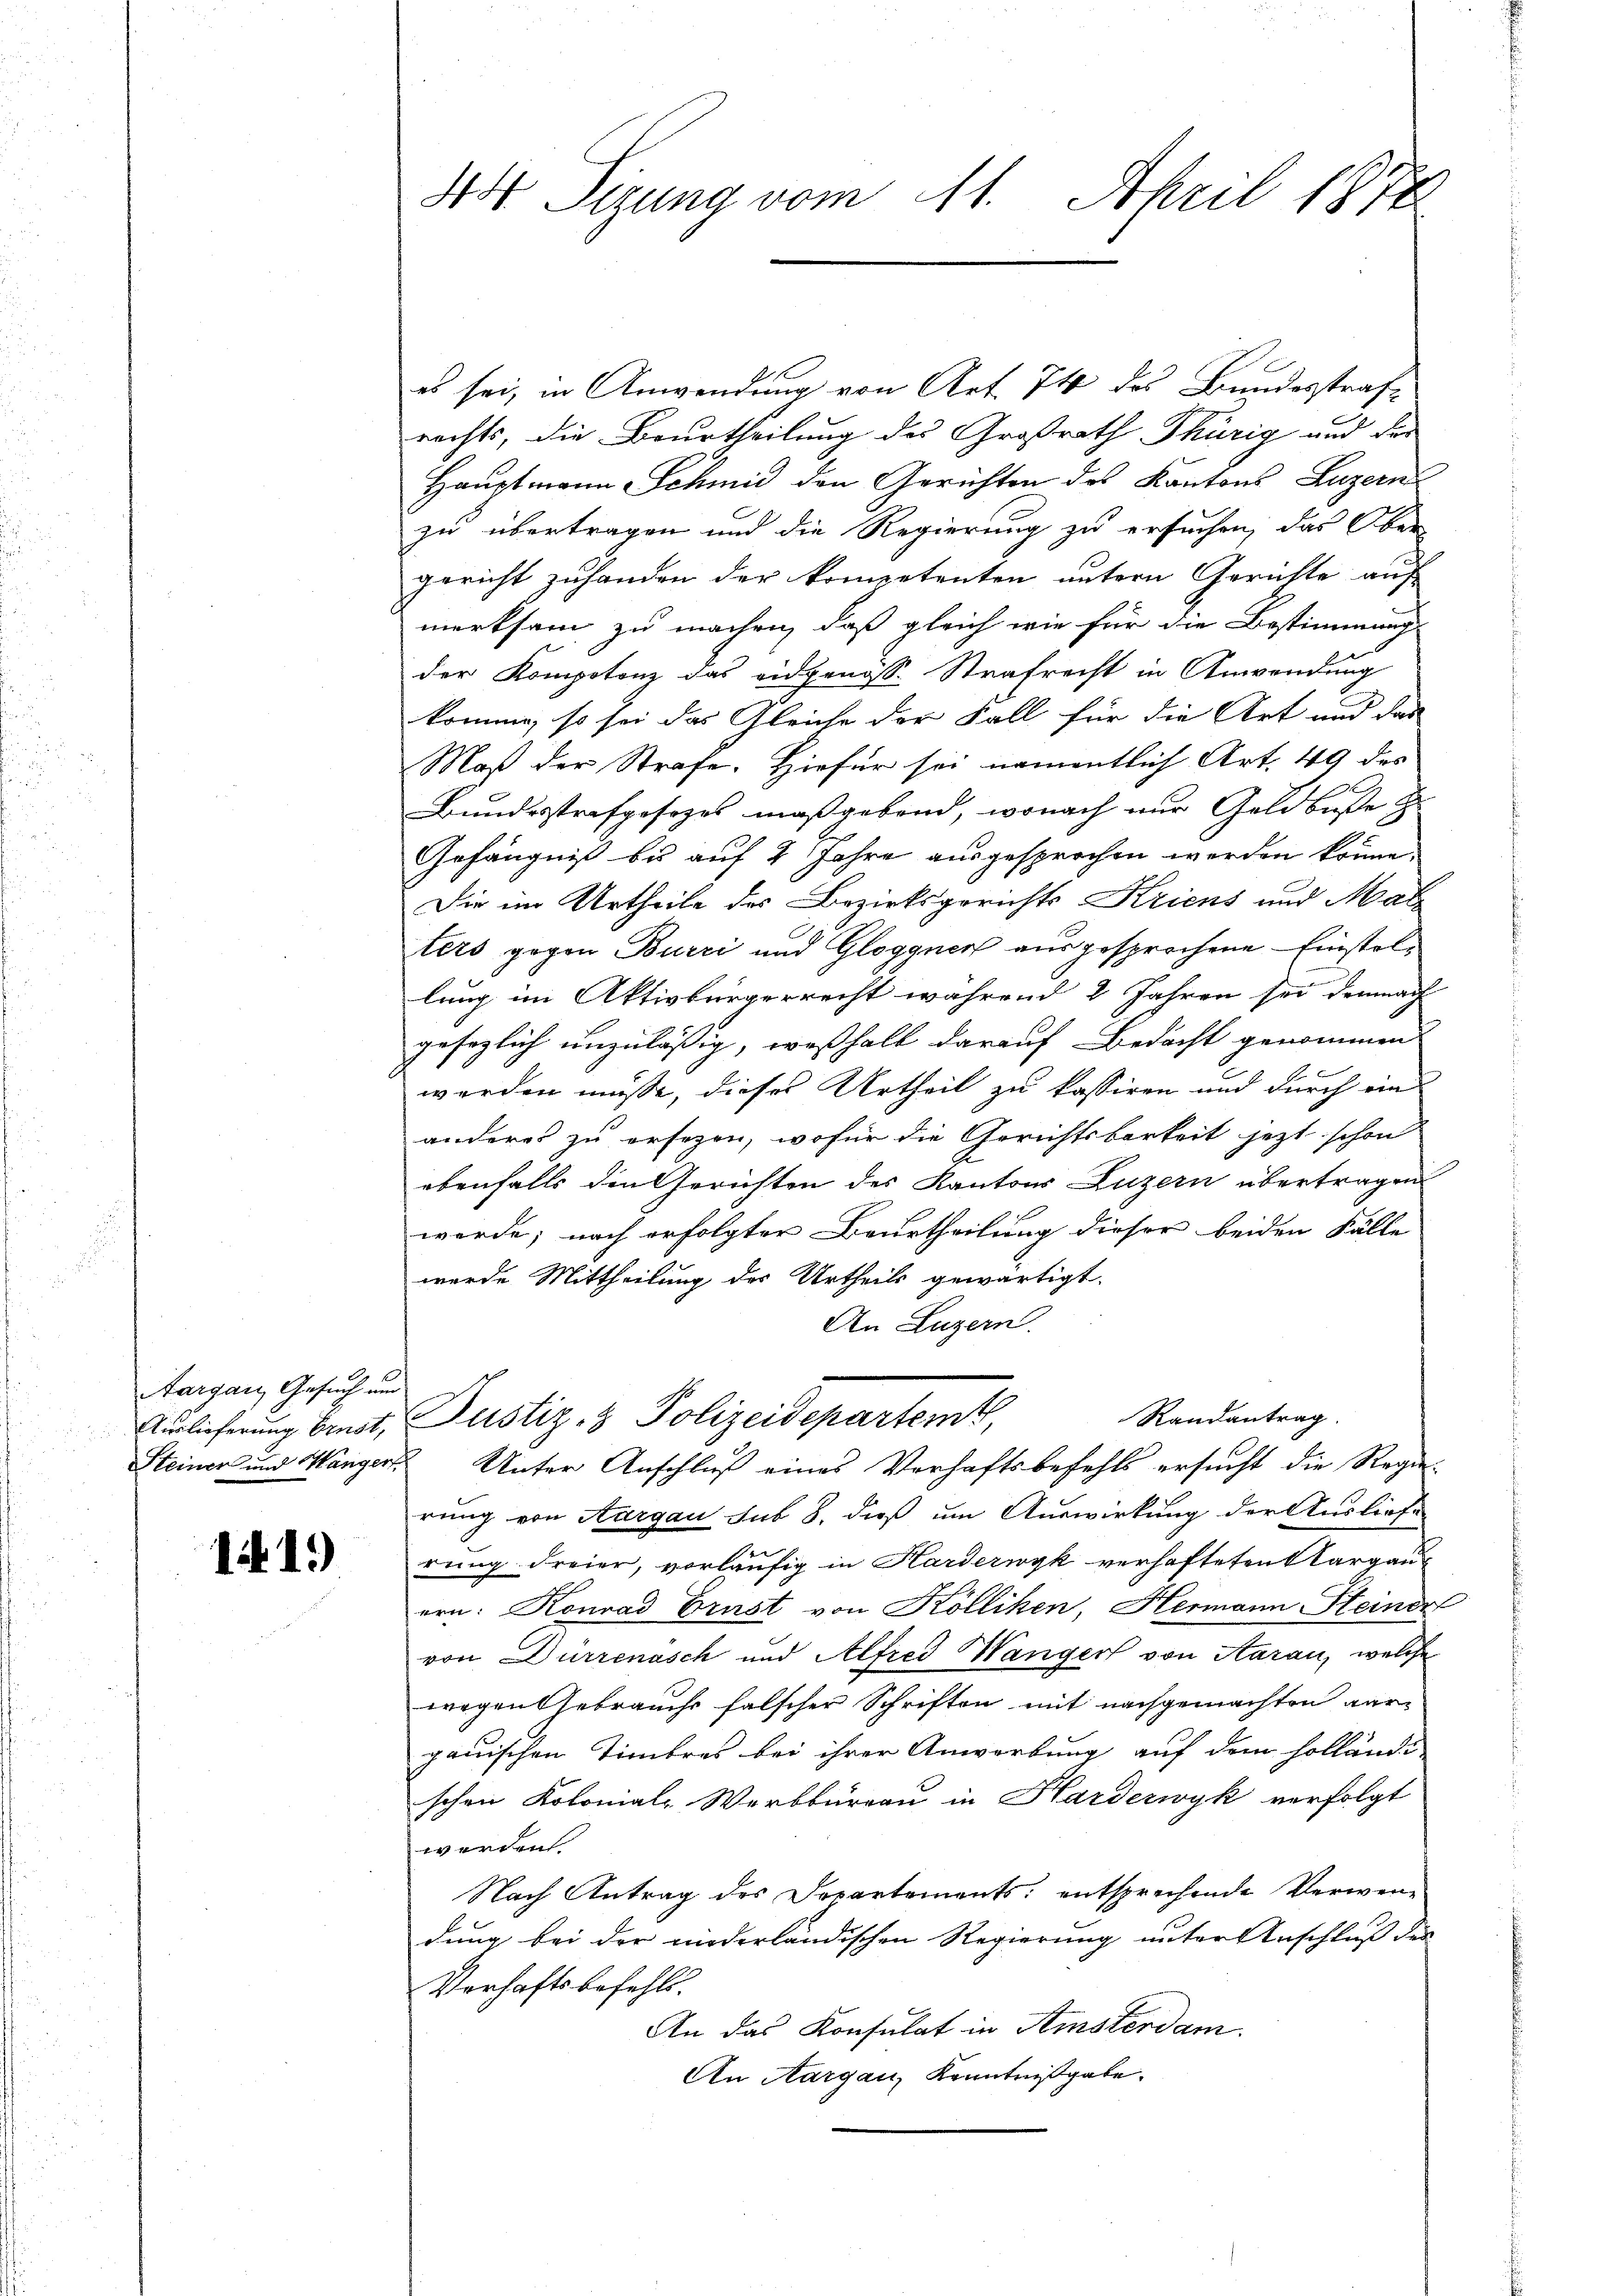
Aargau, Gesuch und
Auslieferung Ernst,

11.)

3o Sizung vom 11. April 1874

es sei, in Anwendung von Art. 74 des Bundesstrafrechts, die Beurtheilung des Großrath Thürig und der
Hauptmann Schmid den Gerichten des Kantons Luzern
zu übertragen und die Regierung zu ersuchen, das Ober
gericht zuhanden der kompetenten untern Gerichte auf
merksam zu machen, daß gleich wie für die Bestimmung
der Kompotenz das eidgenöss. Strafrecht in Anwendung
n
komme, so sei das Gleiche der Fall für die Art und das
Maß der Strafe. Hiefür sei namentlich Art. 49 des
Bundesstrafposezes maßgebend, wonach nur Geldbuße z
Gefängniß bis auf 2 Jahre ausgesprochen werden könne.
Die im Urtheile des Bezirksgerichts Kriens und Malters gegen Burri und Gloggnen ausgesprochene Einstellung im Aktivbürgerrecht während 2 Jahren sei demnach
gesaglich unzuläßig, weßhalb darauf Bedacht genommen
werden müsse, dieses Urtheil zu kassiren und durch ein
anderes zu ersezen, wofür die Gerichtsbarkeit jetzt schon
ebenfalls den Gerichten des Kantons Luzern übertragen
werde; nach erfolgter Beurtheilung dieser beiden Fälle
wurde Mittheilung des Urtheils gewärtigt.
An Luzern.
Randantrag.
Justiz- & Polizeidepartent,
Steiner und Wanger Unter Anschluß eines Verhaftsbefehls ersucht die Regierung von Aargau sub 8. dieß um Auswirkung der Ausliefe
beat
rung Freier, vorläufig in Harderwyk verhafteten Margau
ern. Konrad Brust von Kölliken, Hermann Heiner
von Dürrenasch und Alfred Wanger von Aarau, welche
wegen Gebrauch falscher Schriften mit nachgemachten ver-
gauischen Timbres bei ihrer Anwartung auf dem Holländi
schen Kolonial-Werkbureau in Hardezwyk verfolgt
werden
Nach Antrag des Departements: entsprechende Verwendung bei der niederländischen Regierung unter Anschluß der
Verhaftsbefehls.
An das Konsulat in Amsterdam.
An Aargau, Kenntnißgabe.